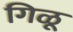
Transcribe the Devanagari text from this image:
गिळू